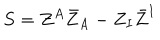
LaTeX: S = Z ^ { A } \bar { Z } _ { A } - Z _ { I } \bar { Z } ^ { I }